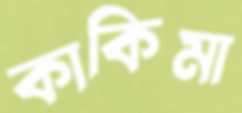
কাকিমা